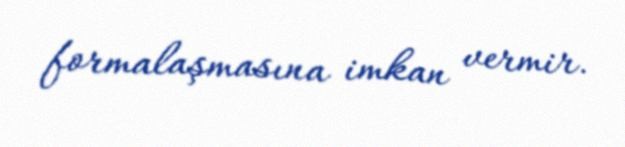
formalaşmasına imkan vermir.